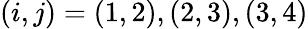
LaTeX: (i,j)=(1,2),(2,3),(3,4)